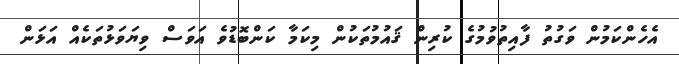
އެހެންކަމުން ވަގުތު ފާއިތުވުމުގެ ކުރިން ޤައުމުތަކުން މިކަމާ ކަންބޮޑުވެ އަވަސް ވިޔަވަޅުތަކެއް އަޅަން